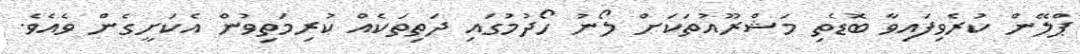
ޕްލޭން ކުރެވިފައިވާ ބޮޑެތި މަޝްރޫއުތަކަށް ލޯނު ހޯދުމުގައި ދަތިތަކެއް ކުރިމަތިވުން އެކަށީގެން ވެއެވެ.